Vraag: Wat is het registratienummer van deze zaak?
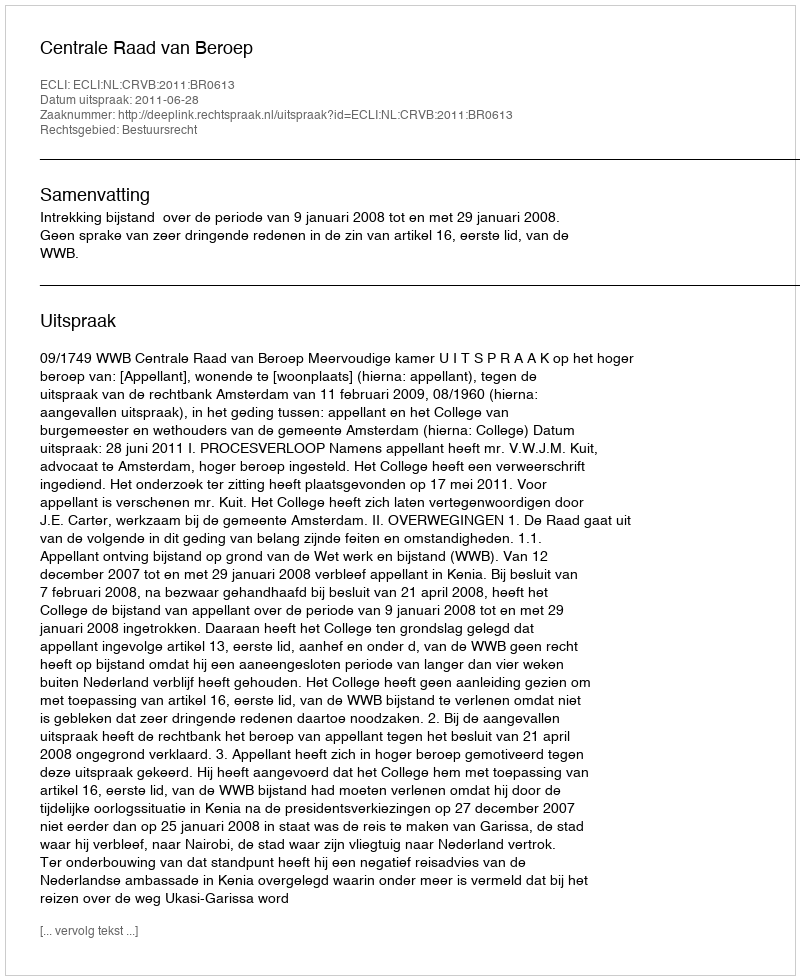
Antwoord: http://deeplink.rechtspraak.nl/uitspraak?id=ECLI:NL:CRVB:2011:BR0613